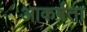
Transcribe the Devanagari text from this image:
आकर्षता